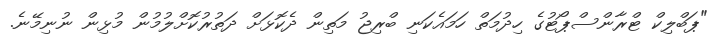
"ޕަބްލިކް ޓްރާންސްޕޯޓުގެ ހިދުމަތް ހަމައެކަނި ބްރިޖު މަތިން ދެކޮޅަށް ދަތުރުކޮށްލުމުން މުޅިން ނުނިމޭނެ.